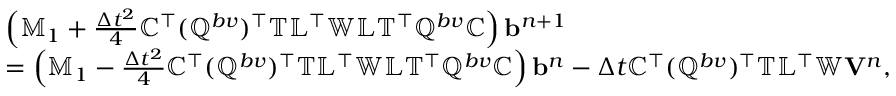
\begin{array} { r l } & { \left( \mathbb { M } _ { 1 } + \frac { \Delta t ^ { 2 } } { 4 } \mathbb { C } ^ { \top } ( \mathbb { Q } ^ { b v } ) ^ { \top } \mathbb { T } \mathbb { L } ^ { \top } \mathbb { W } \mathbb { L } \mathbb { T } ^ { \top } \mathbb { Q } ^ { b v } \mathbb { C } \right) { \mathbf b } ^ { n + 1 } } \\ & { = \left( \mathbb { M } _ { 1 } - \frac { \Delta t ^ { 2 } } { 4 } \mathbb { C } ^ { \top } ( \mathbb { Q } ^ { b v } ) ^ { \top } \mathbb { T } \mathbb { L } ^ { \top } \mathbb { W } \mathbb { L } \mathbb { T } ^ { \top } \mathbb { Q } ^ { b v } \mathbb { C } \right) { \mathbf b } ^ { n } - \Delta t \mathbb { C } ^ { \top } ( \mathbb { Q } ^ { b v } ) ^ { \top } \mathbb { T } \mathbb { L } ^ { \top } \mathbb { W } { \mathbf V } ^ { n } , } \end{array}